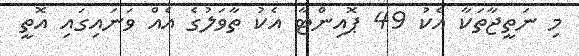
މި ނަތީޖާތަކާ އެކު 49 ޕޮއިންޓާ އެކު ތާވަލުގެ އެއް ވަނައިގައި އޮތީ